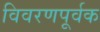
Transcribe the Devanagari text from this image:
विवरणपूर्वक